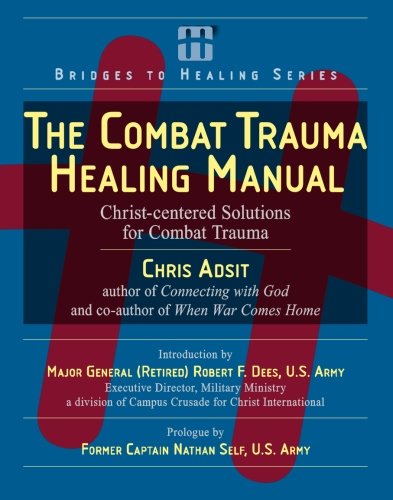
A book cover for The Combat Trauma Healing Manual: Christ-centered Solutions for Combat Trauma; Rev. Chris Adsit; Christian Books & Bibles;